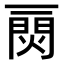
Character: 𤌎